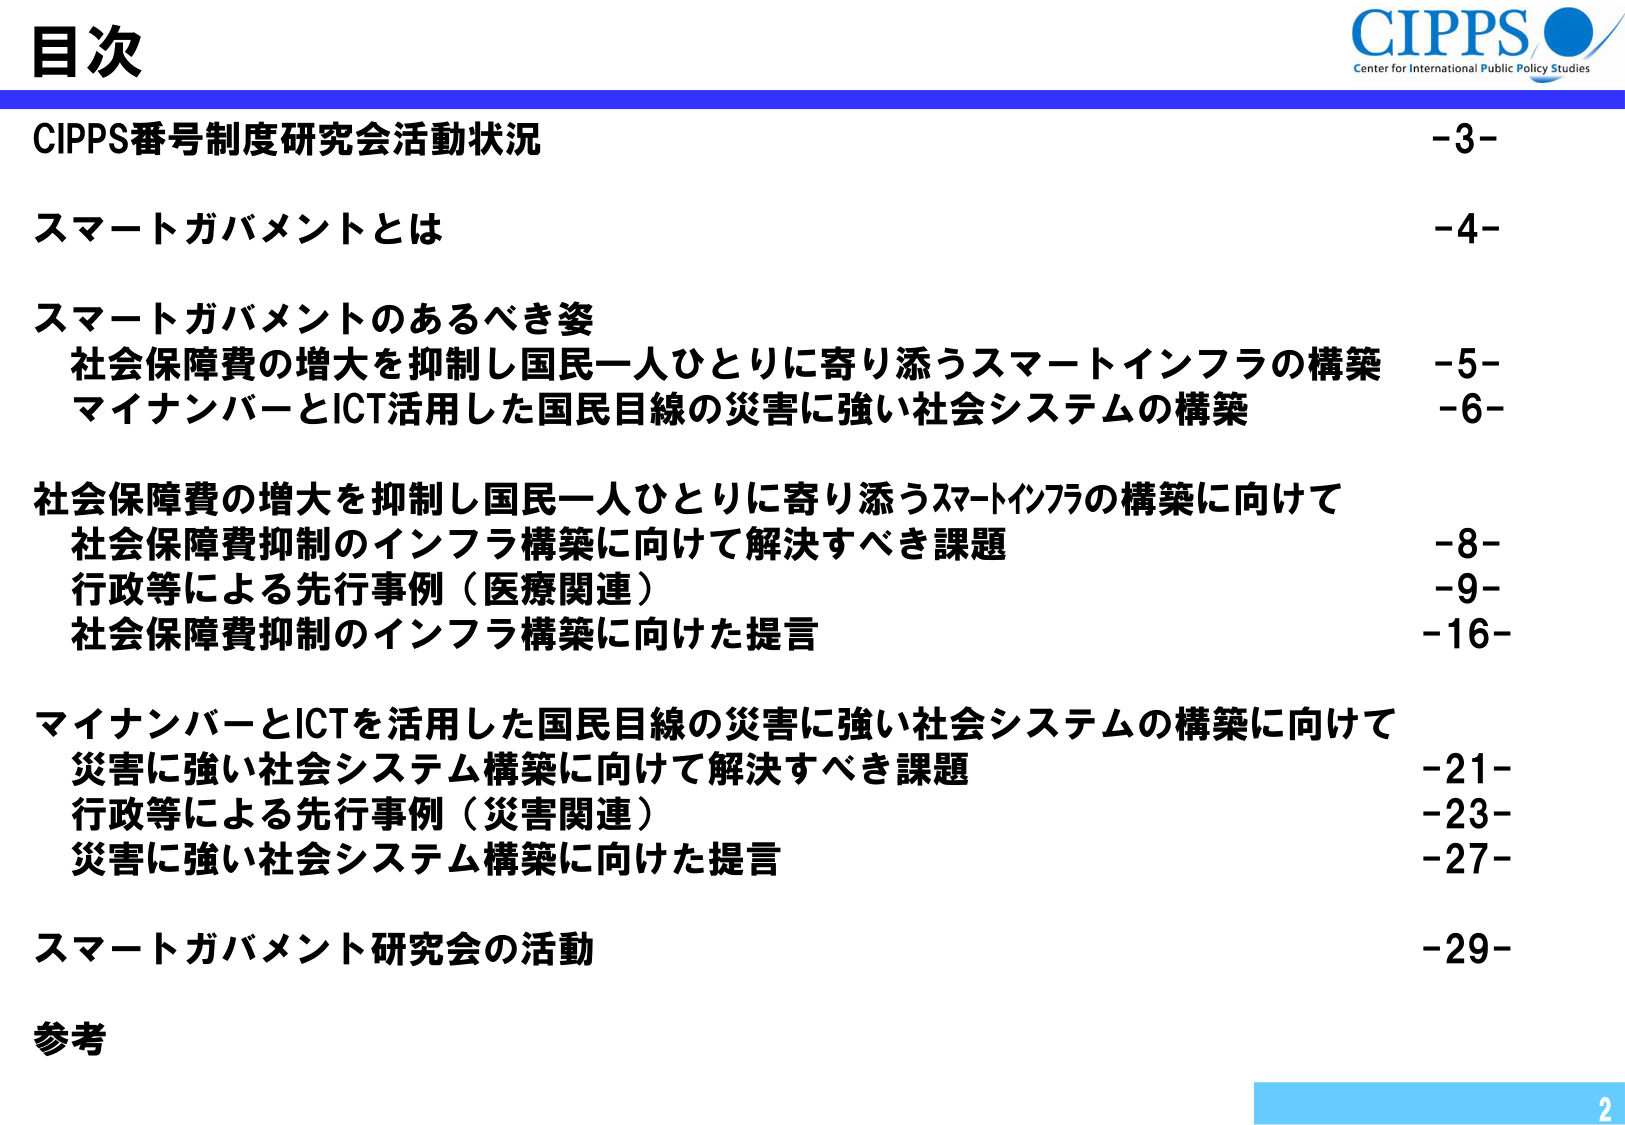
目次

CIPPS番号制度研究会活動状況 -3-
スマートガバメントとは -4-
スマートガバメントのあるべき姿
　社会保障費の増大を抑制し国民一人ひとりに寄り添うスマートインフラの構築 -5-
　マイナンバーとICT活用した国民目線の災害に強い社会システムの構築 -6-
社会保障費の増大を抑制し国民一人ひとりに寄り添うスマートインフラの構築に向けて
　社会保障費抑制のインフラ構築に向けて解決すべき課題 -8-
　行政等による先行事例（医療関連） -9-
　社会保障費抑制のインフラ構築に向けた提言 -16-
マイナンバーとICTを活用した国民目線の災害に強い社会システムの構築に向けて
　災害に強い社会システム構築に向けて解決すべき課題 -21-
　行政等による先行事例（災害関連） -23-
　災害に強い社会システム構築に向けた提言 -27-
スマートガバメント研究会の活動 -29-
参考

CIPPS
Center for International Public Policy Studies

2